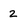
Character: 2